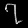
Digit: ၇